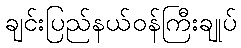
ချင်းပြည်နယ်ဝန်ကြီးချုပ်